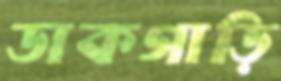
ডাকগাড়ি